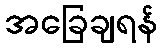
အခြေချရန်